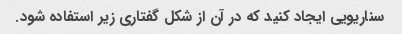
سناریویی ایجاد کنید که در آن از شکل گفتاری زیر استفاده شود.